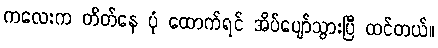
ကလေးက တိတ်နေ ပုံ ထောက်ရင် အိပ်ပျော်သွားပြီ ထင်တယ်။